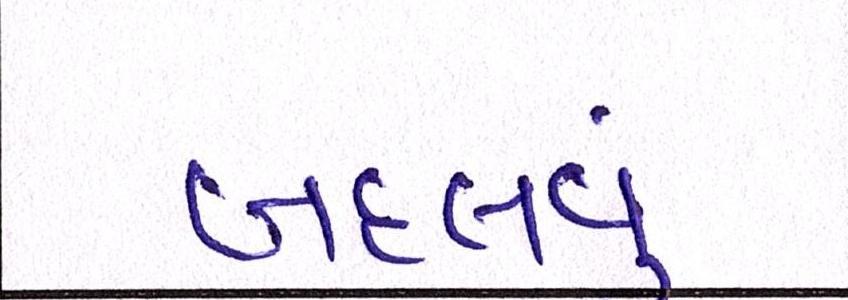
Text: બદલવું